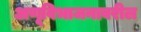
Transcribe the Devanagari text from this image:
अणूविभाजनावरील